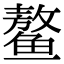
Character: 鳌